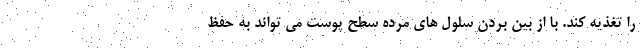
را تغذیه کند. با از بین بردن سلول های مرده سطح پوست می تواند به حفظ